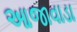
આજાવાડા